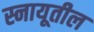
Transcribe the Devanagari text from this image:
स्नायूतील